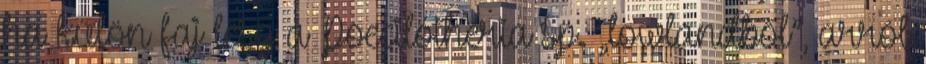
ha külön faj lesz a Poecilotheria sp. „lowlandből”, arról